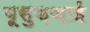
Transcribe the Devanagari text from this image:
यूसुफ़ज़ाई